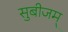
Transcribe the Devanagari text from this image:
सुबीजम्